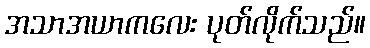
အသာအယာကလေး ပုတ်လိုက်သည်။